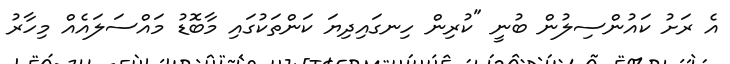
އެ ރަށު ކައުންސިލުން ބުނީ "ކުރިން ހިނގައިދިޔަ ކަންތަކުގައި މާބޮޑު މައްސަލައެއް މިހާރު